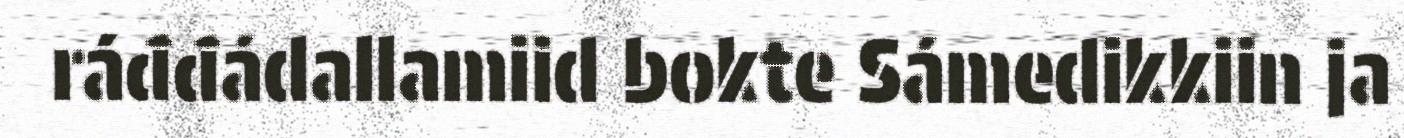
ráđđádallamiid bokte Sámedikkiin ja